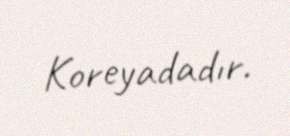
Koreyadadır.